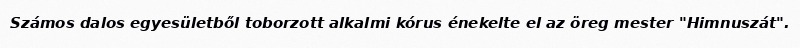
Számos dalos egyesületből toborzott alkalmi kórus énekelte el az öreg mester "Himnuszát".